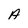
Character: A